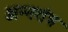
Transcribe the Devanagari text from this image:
अन्नतंत्र